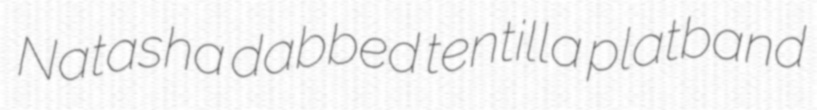
Natasha dabbed tentilla platband